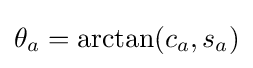
\theta _{a}=\arctan(c_{a},s_{a})